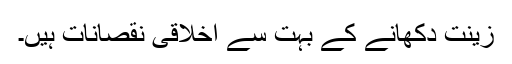
زینت دکھانے کے بہت سے اخلاقی نقصانات ہیں۔